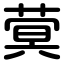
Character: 蓂